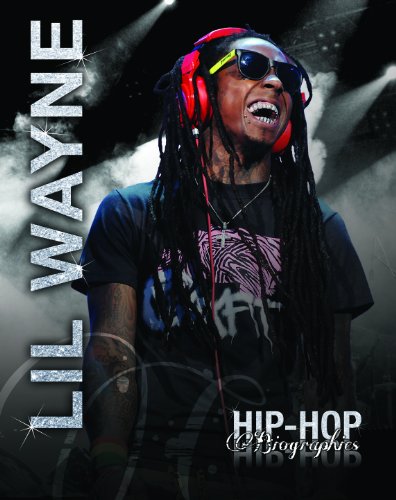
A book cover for Lil Wayne (Hip-Hop Biographies); Saddleback Educational Publishing; Teen & Young Adult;